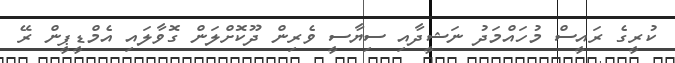
ކުރީގެ ރައީސް މުހައްމަދު ނަޝީދާއި ސިޔާސީ ވެރިން ދޫކޮށްލަން ގޮވާލައި އެމްޑީޕީން ރޭ